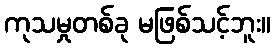
ကုသမှုတစ်ခု မဖြစ်သင့်ဘူး။